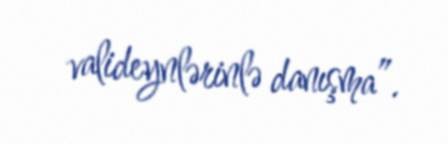
valideynlərinlə danışma”.